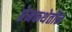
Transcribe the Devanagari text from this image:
प्रेमकथेतील